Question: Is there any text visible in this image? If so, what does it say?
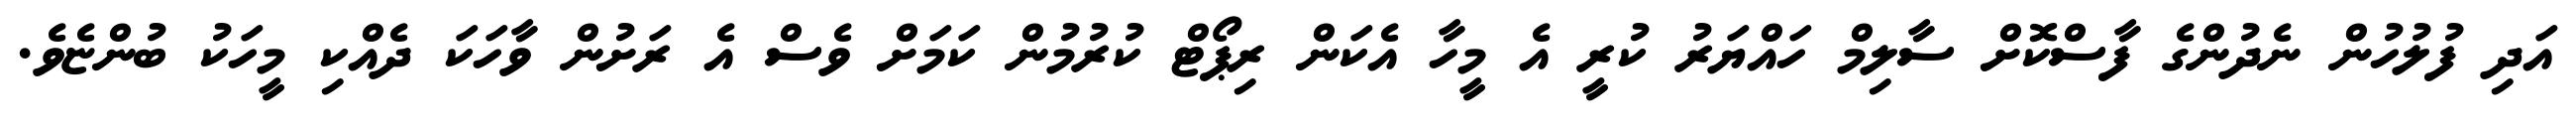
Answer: އަދި ފުލުހުން ނެދުންގެ ފާސްކޮށް ސާލިމް ހައްޔަރު ކުރީ އެ މީހާ އެކަން ރިޕޯޓް ކުރުމުން ކަމަށް ވެސް އެ ރަށުން ވާހަކަ ދެއްކި މީހަކު ބުންޏެވެ.